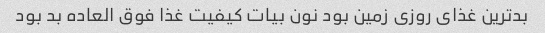
بد‌ترین غذای روزی زمین بود نون بیات کیفیت غذا فوق العاده بد بود